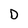
Character: D